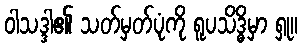
ဝါသဒ္ဒါ၏ သတ်မှတ်ပုံကို ရူပသိဒ္ဓိမှာ ရှု။